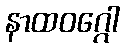
နာထဝဂ္ဂေါ